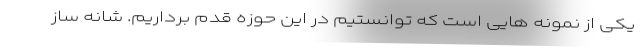
یکی از نمونه هایی است که توانستیم در این حوزه قدم برداریم. شانه ساز